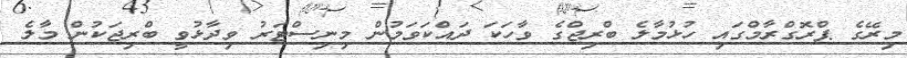
މިރޭގެ ޕްރޮގްރާމްގައި ހުޅުމާލެ ބްރިޖްގެ ވާހަކަ ދައްކަވަމުން މިނިސްޓަރު ވިދާޅުވީ ބްރިޖަކުން މާލެ